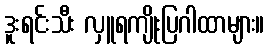
ဒူးရင်းသီး လှူရကျိုးပြဂါထာများ။